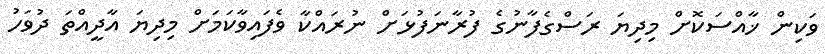
ވަކިން ޚާއްސަކޮށް މިދިޔަ ރަސްގެފާނުގެ ފުރާނަފުޅަށް ނުރައްކާ ވެފައިވާކަމަށް މިދިޔަ އާދީއްތަ ދުވަހު